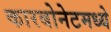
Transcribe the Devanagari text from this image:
कारबोनेटमध्ये